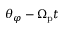
\theta _ { \varphi } - \Omega _ { \mathrm { p } } t